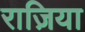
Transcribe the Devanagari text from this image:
राज़िया